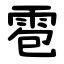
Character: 雹